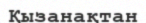
Қызанақтан